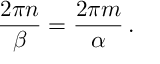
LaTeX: \frac { 2 \pi n } { \beta } = \frac { 2 \pi m } { \alpha } \, .